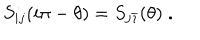
LaTeX: S _ { i j } ( i \pi - \theta ) = S _ { j \bar { \imath } } ( \theta ) \; .